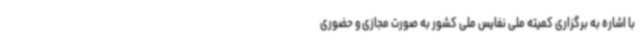
با اشاره به برگزاری کمیته ملی نفایس ملی کشور به صورت مجازی و حضوری